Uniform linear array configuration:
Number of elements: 8
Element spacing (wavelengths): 1
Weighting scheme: binomial
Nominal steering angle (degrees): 0
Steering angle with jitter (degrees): -1.886
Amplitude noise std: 0.05
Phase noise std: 0.05

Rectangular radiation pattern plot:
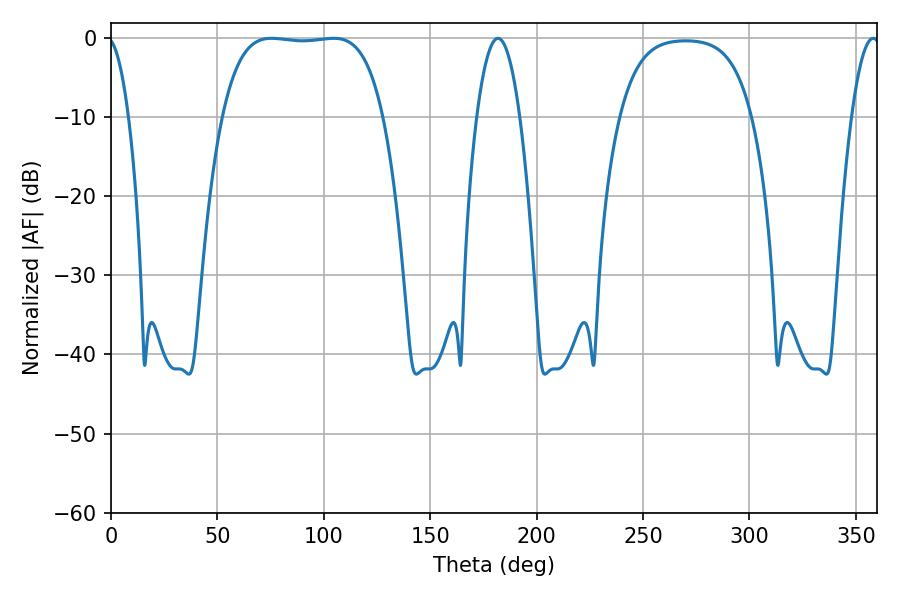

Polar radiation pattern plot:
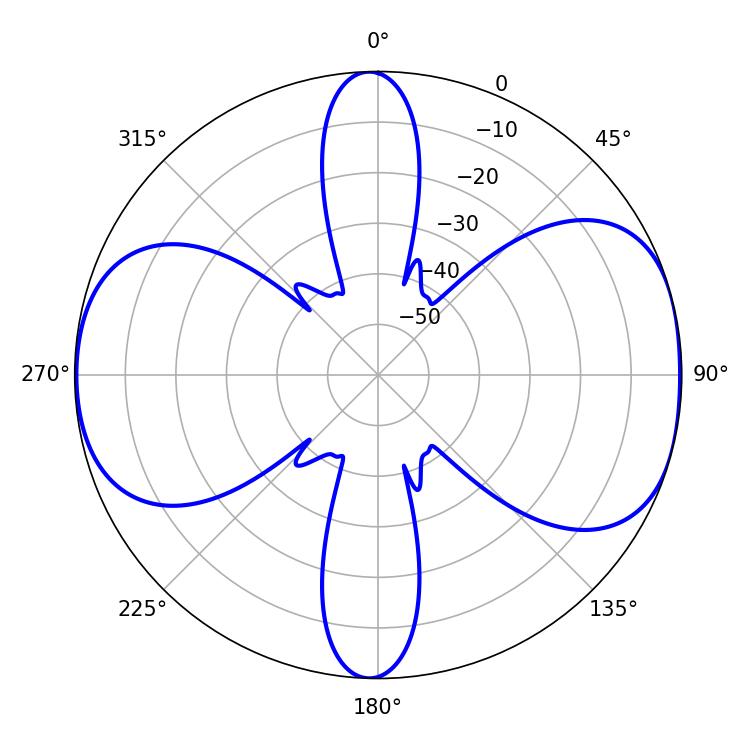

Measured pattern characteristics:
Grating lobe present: TRUE
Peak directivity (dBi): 8.521
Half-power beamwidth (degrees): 59.04
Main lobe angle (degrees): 75.42